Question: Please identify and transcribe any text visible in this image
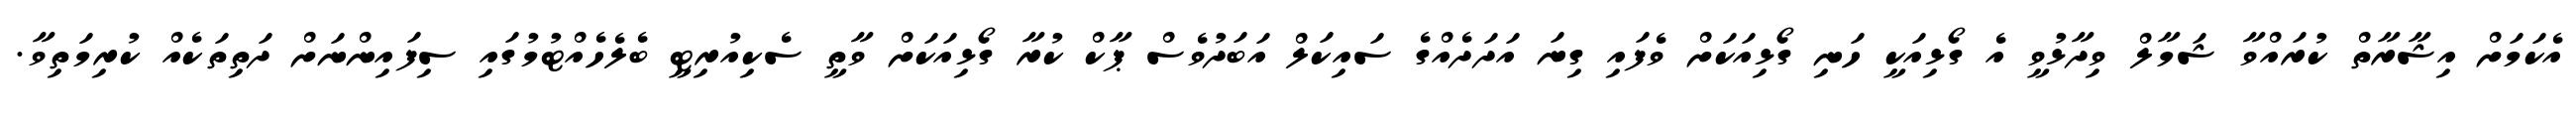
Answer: އެކަމަށް އިޝާރާތް ކުރައްވާ ޝަމާލް ވިދާޅުވީ އެ ގޯޅިއަކީ ހަނި ގޯޅިއަކަށް ވެފައި ގިނަ އަދަދެއްގެ ސައިކަލް އަބަދުވެސް ޕާކް ކުރާ ގޯޅިއަކަށް ވާތީ ސެކިއުރިޓީ ބެލެހެއްޓުމުގައި ސިފައިންނަށް ދަތިތަކެއް ކުރިމަތިވާ.